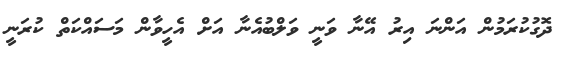
ދޮގުކުރަމުން އަންނަ އިރު އޭނާ ވަނީ ވަލްބުއެނާ އަށް އެހީވާން މަސައްކަތް ކުރަނީ